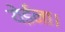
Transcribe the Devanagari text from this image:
येईना।